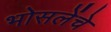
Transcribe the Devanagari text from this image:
भोसलेंचे